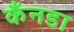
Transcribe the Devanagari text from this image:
कँनडा